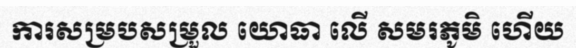
ការសម្របសម្រួល យោធា លើ សមរភូមិ ហើយ